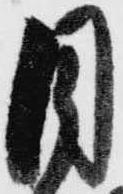
目